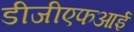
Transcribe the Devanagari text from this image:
डीजीएफआई